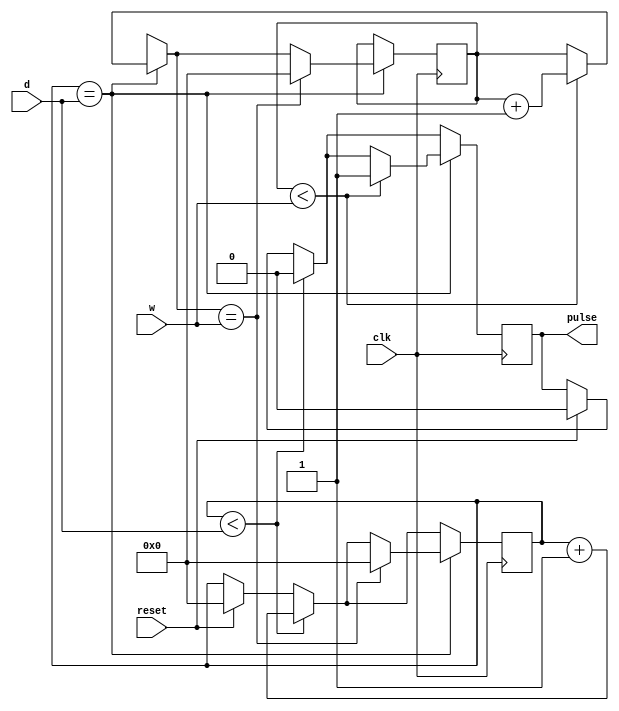

//Module to Generate PWM
module epwm(input clk, reset , input [3:0] d, w, output reg pulse);  // I-O Ports Declaration
reg[3:0] d_reg ;
reg[3:0] w_reg ;
always @(posedge clk)       //Positive Edge Triggering
begin
	if(reset)
		begin
		d_reg <= 0;
		w_reg <= 0;         //Reset sequence
		pulse <= 0;
		end		
	if (d_reg < d)                          //Comparator 1 for the comparison of "d_register" and "d"
		begin
			d_reg <= d_reg + 1;             //Counter 1 for "d_register"
			pulse <= 1'b0;
		end 
		
	if (d_reg == d)
		begin
		if (w_reg < w)                      //Comparator 2 for the comparison of "w_register" and "w"
		begin
			w_reg = w_reg + 1;              //Counter 2 for "w_register"
			pulse <= 1'b1;
		end
		if(w_reg == w)
		begin
			d_reg <= 0;						//Resetting both registers to zero
			w_reg <= 0;
		end
	end
end
endmodule